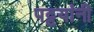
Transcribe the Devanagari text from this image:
पट्टयांनी